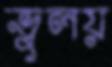
ভুলয়